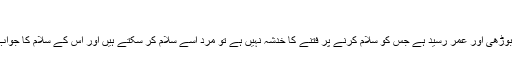
(جاری ہے) ہ
اور اگر اجنبی خاتون بوڑھی اور عمر رسید ہے جس کو سلام کرنے پر فتنے کا خدشہ نہیں ہے تو مرد اسے سلام کر سکتے ہیں اور اس کے سلام کا جواب بھی دے سکتے ہیں۔